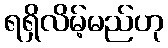
ရရှိလိမ့်မည်ဟု